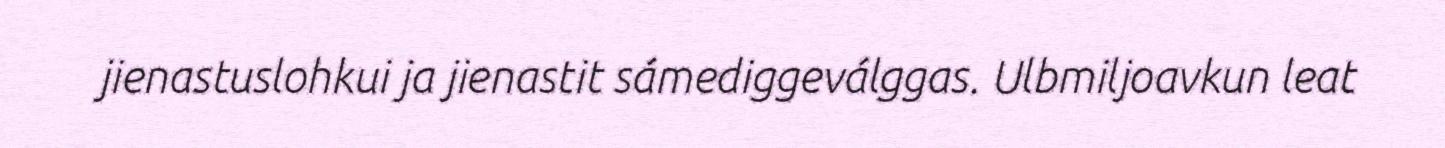
jienastuslohkui ja jienastit sámediggeválggas. Ulbmiljoavkun leat